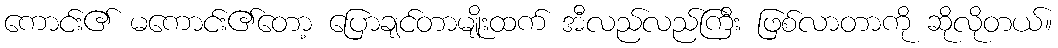
ကောင်း၏ မကောင်း၏တော့ ပြောချင်တာမျိုးထက် အီလည်လည်ကြီး ဖြစ်လာတာကို ဆိုလိုတယ်။